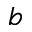
b